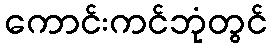
ကောင်းကင်ဘုံတွင်